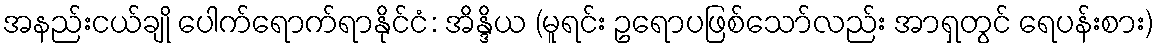
အနည်းငယ်ချို ပေါက်ရောက်ရာနိုင်ငံ: အိန္ဒိယ (မူရင်း ဥရောပဖြစ်သော်လည်း အာရှတွင် ရေပန်းစား)